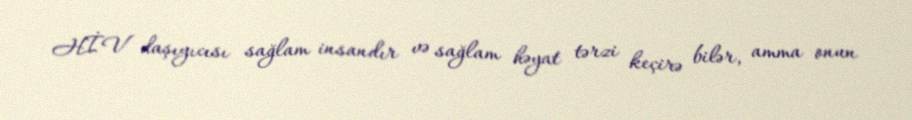
HİV daşıyıcısı sağlam insandır və sağlam həyat tərzi keçirə bilər, amma onun